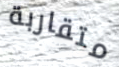
متقاربة